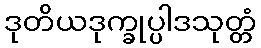
ဒုတိယဒုက္ခုပ္ပါဒသုတ္တံ